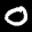
Label: 0